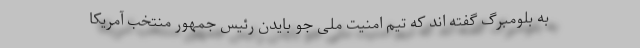
به بلومبرگ گفته اند که تیم امنیت ملی جو بایدن رئیس جمهور منتخب آمریکا